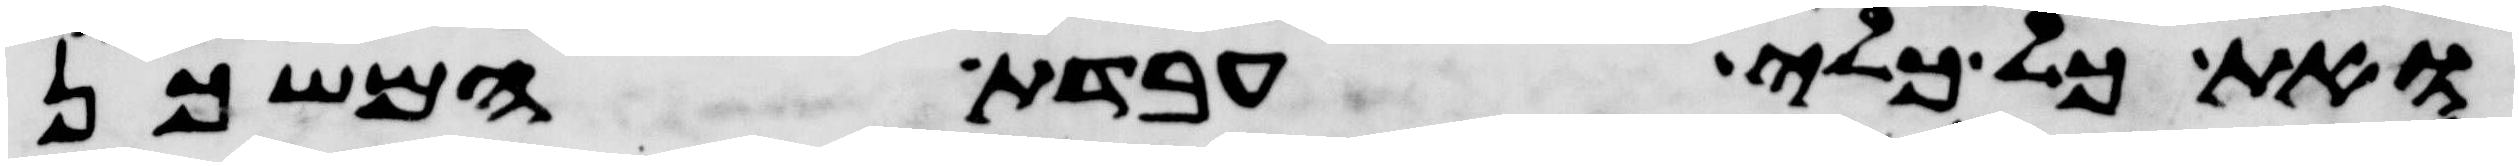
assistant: ואת כל כלי עבדת המשכן